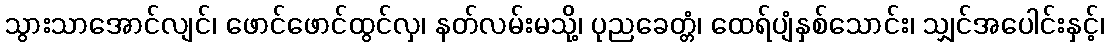
သွားသာအောင်လျင်၊ ဖောင်ဖောင်ထွင်လှ၊ နတ်လမ်းမသို့၊ ပုညခေတ္တံ၊ ထေရ်ပျံနှစ်သောင်း၊ သျှင်အပေါင်းနှင့်၊